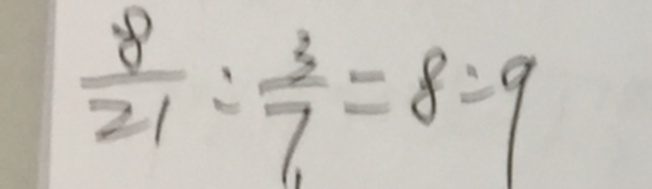
\frac { 8 } { 2 1 } : \frac { 3 } { 7 } = 8 : 9